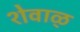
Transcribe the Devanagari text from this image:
शेवाळ्